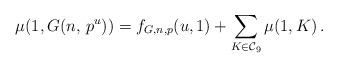
LaTeX: \begin{align*}\mu(1,G(n,\,p^u))=f_{G,n,p}(u,1)+\sum_{K\in\mathcal{C}_9}\mu(1,K)\,. \end{align*}